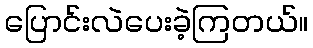
ပြောင်းလဲပေးခဲ့ကြတယ်။